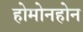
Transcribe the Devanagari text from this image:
होमोनहोन